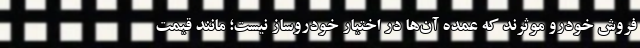
فروش خودرو موثرند که عمده آن‌ها در اختیار خودروساز نیست؛ مانند قیمت